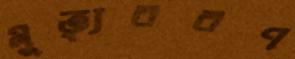
মুত্যৃবরণ